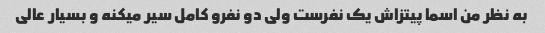
به نظر من اسما پیتزاش یک نفرست ولی دو نفرو کامل سیر میکنه و بسیار عالی